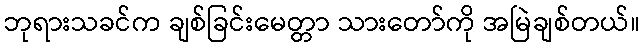
ဘုရားသခင်က ချစ်ခြင်းမေတ္တာ သားတော်ကို အမြဲချစ်တယ်။